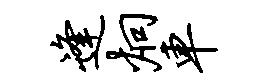
逢炯车